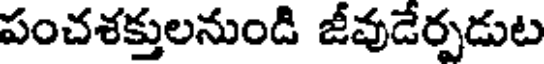
పంచశక్తులనుండి జీవుడేర్పడుట